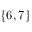
\{ 6 , 7 \}